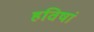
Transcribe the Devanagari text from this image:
हविषां